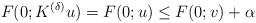
LaTeX: \begin{align*}F(0; K^{(\delta)} u) = F(0;u) \le F(0;v) +\alpha\end{align*}